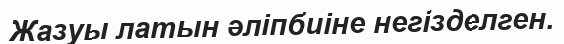
Жазуы латын әліпбиіне негізделген.